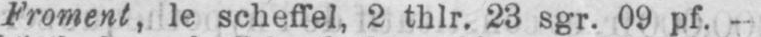
Froment, le scheffel, 2 thlr. 23 sgr. 09 pf.- -